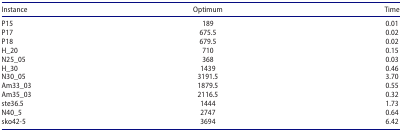
<table><thead><tr><td><b>Instance</b></td><td><b>Optimum</b></td><td><b>Time</b></td></tr></thead><tbody><tr><td>P15</td><td>189</td><td>0.01</td></tr><tr><td>P17</td><td>675.5</td><td>0.02</td></tr><tr><td>P18</td><td>679.5</td><td>0.02</td></tr><tr><td>H_20</td><td>710</td><td>0.15</td></tr><tr><td>N25_05</td><td>368</td><td>0.03</td></tr><tr><td>H_30</td><td>1439</td><td>0.46</td></tr><tr><td>N30_05</td><td>3191.5</td><td>3.70</td></tr><tr><td>Am33_03</td><td>1879.5</td><td>0.55</td></tr><tr><td>Am35_03</td><td>2116.5</td><td>0.32</td></tr><tr><td>ste36.5</td><td>1444</td><td>1.73</td></tr><tr><td>N40_5</td><td>2747</td><td>0.64</td></tr><tr><td>sko42-5</td><td>3694</td><td>6.42</td></tr></tbody></table>